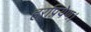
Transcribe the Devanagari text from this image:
हरप्रियेण।